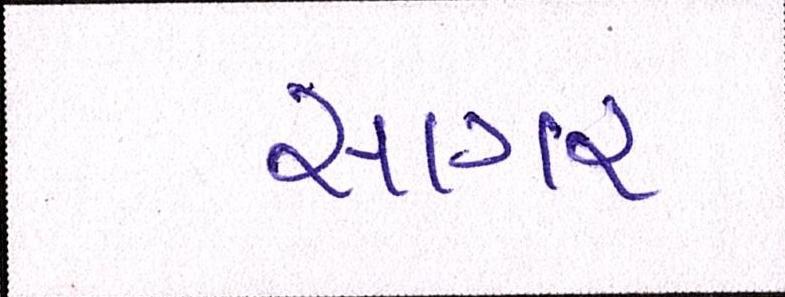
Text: સાગર